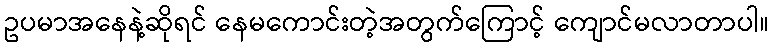
ဥပမာအနေနဲ့ဆိုရင် နေမကောင်းတဲ့အတွက်ကြောင့် ကျောင်မလာတာပါ။